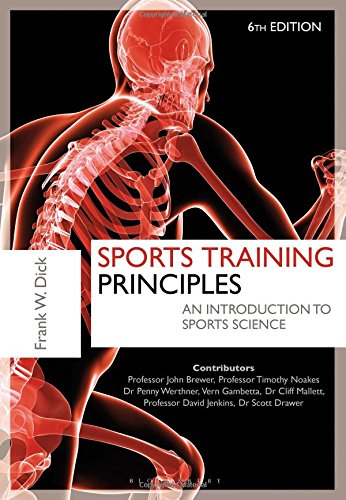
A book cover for Sports Training Principles: An Introduction to Sports Science; Dr. Frank W. Dick O.B.E.; Sports & Outdoors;